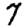
Digit: 7